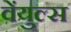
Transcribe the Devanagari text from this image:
वेंयुल्स